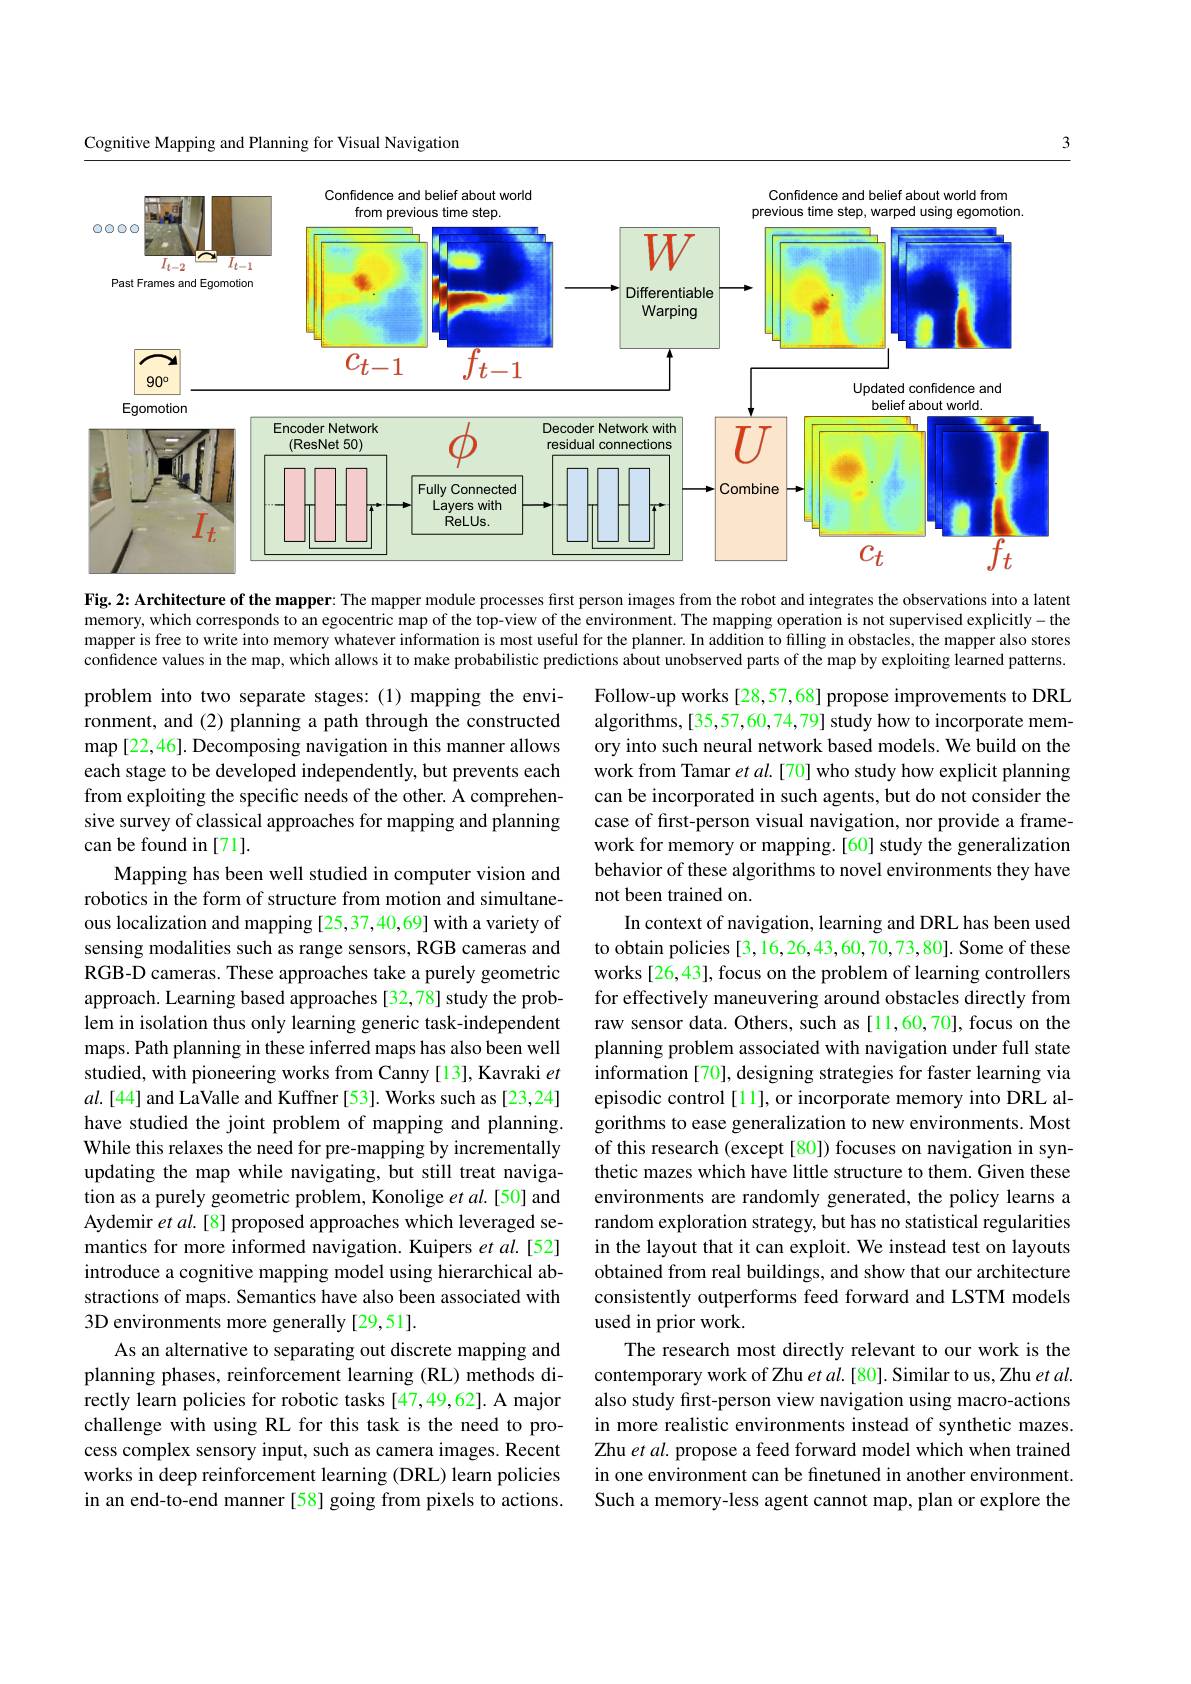
3

Cognitive Mapping and Planning for Visual Navigation

<FigureHere>

Fig. 2: Architecture of the mapper: The mapper module processes first person images from the robot and integrates the observations into a laten memory, which corresponds to an egocentric map of the top-view of the environment. The mapping operation is not supervised explicitly- the mapper is free to write into memory whatever information is most useful for the planner. In addition to filling in obstacles, the mapper also storesto confidence values in the map, which allows it to make probabilistic predictions about unobserved parts of the map by exploiting learned patterns.

problem into two separate stages:(1) mapping the environment, and (2) planning a path through the constructed $\operatorname*{map}$[22,46]. Decomposing navigation in this manner allows each stage to be developed independently, but prevents each from exploiting the specific needs of the other. A comprehensive survey of classical approaches for mapping and planning can be found in [71].
Mapping has been well studied in computer vision and robotics in the form of structure from motion and simultaneous localization and mapping [25,37,40,69] with a variety of sensing modalities such as range sensors, RGB cameras and RGB-D cameras. These approaches take a purely geometric approach. Learning based approaches [32,78] study the problem in isolation thus only learning generic task-independent maps. Path planning in these inferred maps has also been well studied, with pioneering works from Canny [13], Kavraki $et$ $al.[44]$ and LaValle and Kuffner [53]. Works such as [23,24] have studied the joint problem of mapping and planning. While this relaxes the need for pre-mapping by incrementally updating the map while navigating, but still treat navigation as a purely geometric problem, Konolige et al.[50] and Aydemir et al.[8] proposed approaches which leveraged semantics for more informed navigation. Kuipers et al.[52] introduce a cognitive mapping model using hierarchical abstractions of maps. Semantics have also been associated with 3D environments more generally [29,51].
As an alternative to separating out discrete mapping and planning phases, reinforcement learning (RL) methods directly learn policies for robotic tasks [47,49,62]. A major challenge with using RL for this task is the need to process complex sensory input, such as camera images. Recent works in deep reinforcement learning (DRL) learn policies in an end-to-end manner [58] going from pixels to actions.

Follow-up works [28,57,68] propose improvements to DRL algorithms, [35,57,60,74,79] study how to incorporate memory into such neural network based models. We build on the work from Tamar et al.[70] who study how explicit planning can be incorporated in such agents, but do not consider the case of first-person visual navigation, nor provide a framework for memory or mapping.[60] study the generalization behavior of these algorithms to novel environments they have not been trained on
In context of navigation, learning and DRL has been used to obtain policies [3,16,26,43,60,70,73,80]. Some of these works [26,43], focus on the problem of learning controllers for effectively maneuvering around obstacles directly from raw sensor data. Others, such as [11,60,70], focus on the planning problem associated with navigation under full state information [70], designing strategies for faster learning via episodic control [1], or incorporate memory into DRL algorithms to ease generalization to new environments. Most of this research (except [80]) focuses on navigation in synthetic mazes which have little structure to them. Given these environments are randomly generated, the policy learns a random exploration strategy, but has no statistical regularities in the layout that it can exploit. We instead test on layouts obtained from real buildings, and show that our architecture consistently outperforms feed forward and LSTM models used in prior work.
The research most directly relevant to our work is the contemporary work of Zhu et al.[80]. Similar to us, Zhu et al. also study first-person view navigation using macro-actions in more realistic environments instead of synthetic mazes. Zhu et al. propose a feed forward model which when trained in one environment can be finetuned in another environment. Such a memory-less agent cannot map, plan or explore the